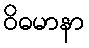
ဝိဓမာနာ